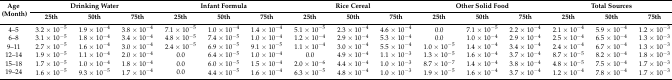
<table><thead><tr><td rowspan="2"><b>Age (Month)</b></td><td colspan="3"><b>Drinking Water</b></td><td colspan="3"><b>Infant Formula</b></td><td colspan="3"><b>Rice Cereal</b></td><td colspan="3"><b>Other Solid Food</b></td><td colspan="3"><b>Total Sources</b></td></tr><tr><td><b>25th</b></td><td><b>50th</b></td><td><b>75th</b></td><td><b>25th </b></td><td><b>50th</b></td><td><b>75th</b></td><td><b>25th </b></td><td><b>50th</b></td><td><b>75th</b></td><td><b>25th</b></td><td><b>50th</b></td><td><b>75th</b></td><td><b>25th </b></td><td><b>50th</b></td><td><b>75th</b></td></tr></thead><tbody><tr><td>4–5</td><td>3.2 × 10<sup>−5</sup></td><td>1.9 × 10<sup>−4</sup></td><td>3.8 × 10<sup>−4</sup></td><td>7.1 × 10<sup>−5</sup></td><td>1.0 × 10<sup>−4</sup></td><td>1.4 × 10<sup>−4</sup></td><td>5.1 × 10<sup>−5</sup></td><td>2.3 × 10<sup>−4</sup></td><td>4.6 × 10<sup>−4</sup></td><td>0.0</td><td>7.1 × 10<sup>−5</sup></td><td>2.2 × 10<sup>−4</sup></td><td>2.1 × 10<sup>−4</sup></td><td>5.9 × 10<sup>−4</sup></td><td>1.2 × 10<sup>−3</sup></td></tr><tr><td>6–8</td><td>3.1 × 10<sup>−5</sup></td><td>1.8 × 10<sup>−4</sup></td><td>3.4 × 10<sup>−4</sup></td><td>4.8 × 10<sup>−5</sup></td><td>7.4 × 10<sup>−5</sup></td><td>1.0 × 10<sup>−4</sup></td><td>1.2 × 10<sup>−4</sup></td><td>2.9 × 10<sup>−4</sup></td><td>5.3 × 10<sup>−4</sup></td><td>0.0</td><td>1.0 × 10<sup>−4</sup></td><td>2.9 × 10<sup>−4</sup></td><td>2.5 × 10<sup>−4</sup></td><td>6.5 × 10<sup>−4</sup></td><td>1.3 × 10<sup>−3</sup></td></tr><tr><td>9–11</td><td>2.7 × 10<sup>−5</sup></td><td>1.6 × 10<sup>−4</sup></td><td>3.0 × 10<sup>−4</sup></td><td>2.4 × 10<sup>−5</sup></td><td>6.9 × 10<sup>−5</sup></td><td>9.1 × 10<sup>−5</sup></td><td>1.1 × 10<sup>−4</sup></td><td>3.0 × 10<sup>−4</sup></td><td>5.5 × 10<sup>−4</sup></td><td>1.0 × 10<sup>−5</sup></td><td>1.4 × 10<sup>−4</sup></td><td>3.4 × 10<sup>−4</sup></td><td>2.4 × 10<sup>−4</sup></td><td>6.7 × 10<sup>−4</sup></td><td>1.3 × 10<sup>−3</sup></td></tr><tr><td>12–14</td><td>1.9 × 10<sup>−5</sup></td><td>1.1 × 10<sup>−4</sup></td><td>2.0 × 10<sup>−4</sup></td><td>0.0</td><td>6.4 × 10<sup>−5</sup></td><td>1.0 × 10<sup>−4</sup></td><td>0.0</td><td>4.9 × 10<sup>−4</sup></td><td>1.1 × 10<sup>−3</sup></td><td>1.3 × 10<sup>−5</sup></td><td>1.6 × 10<sup>−4</sup></td><td>3.7 × 10<sup>−4</sup></td><td>8.7 × 10<sup>−5</sup></td><td>8.2 × 10<sup>−4</sup></td><td>1.8 × 10<sup>−3</sup></td></tr><tr><td>15–18</td><td>1.7 × 10<sup>−5</sup></td><td>1.0 × 10<sup>−4</sup></td><td>1.8 × 10<sup>−4</sup></td><td>0.0</td><td>6.0 × 10<sup>−5</sup></td><td>1.5 × 10<sup>−4</sup></td><td>2.0 × 10<sup>−6</sup></td><td>4.4 × 10<sup>−4</sup></td><td>1.0 × 10<sup>−3</sup></td><td>8.7 × 10<sup>−7</sup></td><td>1.4 × 10<sup>−4</sup></td><td>3.8 × 10<sup>−4</sup></td><td>4.8 × 10<sup>−5</sup></td><td>7.5 × 10<sup>−4</sup></td><td>1.7 × 10<sup>−3</sup></td></tr><tr><td>19–24</td><td>1.6 × 10<sup>−5</sup></td><td>9.3 × 10<sup>−5</sup></td><td>1.7 × 10<sup>−4</sup></td><td>0.0</td><td>4.4 × 10<sup>−5</sup></td><td>1.6 × 10<sup>−4</sup></td><td>6.3 × 10<sup>−5</sup></td><td>4.8 × 10<sup>−4</sup></td><td>1.0 × 10<sup>−3</sup></td><td>1.9 × 10<sup>−5</sup></td><td>1.6 × 10<sup>−4</sup></td><td>3.7 × 10<sup>−4</sup></td><td>1.2 × 10<sup>−4</sup></td><td>7.8 × 10<sup>−4</sup></td><td>1.7 × 10<sup>−3</sup></td></tr></tbody></table>